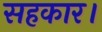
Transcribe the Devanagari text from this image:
सहकार।